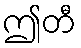
ဤတီ